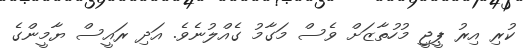
ކުރި އިރު ޕީޖީ މުހުތާޒަށް ވެސް މަގާމު ގެއްލުނެވެ. އަދި ރައީސް ޔާމީންގެ